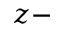
z -